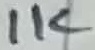
Text: 1K